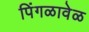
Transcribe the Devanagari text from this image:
पिंगळावेळ